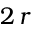
2 \, r